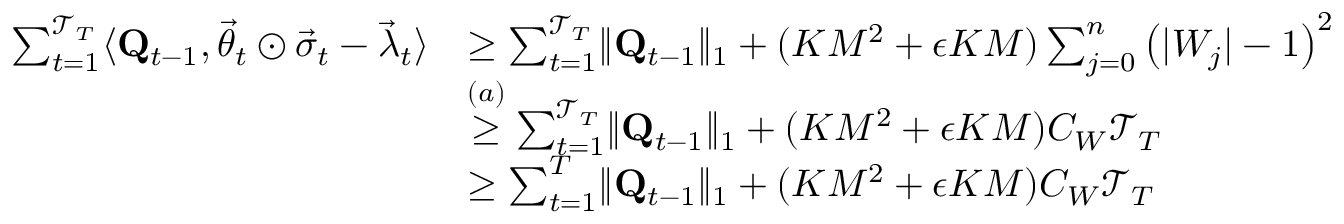
\begin{array} { r l } { \sum _ { t = 1 } ^ { \mathcal T _ { T } } \langle \mathbf Q _ { t - 1 } , \vec { \theta } _ { t } \odot \vec { \sigma } _ { t } - \vec { \lambda } _ { t } \rangle } & { \ge \sum _ { t = 1 } ^ { \mathcal T _ { T } } \lVert \mathbf Q _ { t - 1 } \rVert _ { 1 } + ( K M ^ { 2 } + \epsilon K M ) \sum _ { j = 0 } ^ { n } \left( \lvert W _ { j } \rvert - 1 \right) ^ { 2 } } \\ & { \stackrel { ( a ) } \ge \sum _ { t = 1 } ^ { \mathcal T _ { T } } \lVert \mathbf Q _ { t - 1 } \rVert _ { 1 } + ( K M ^ { 2 } + \epsilon K M ) C _ { W } \mathcal T _ { T } } \\ & { \ge \sum _ { t = 1 } ^ { T } \lVert \mathbf Q _ { t - 1 } \rVert _ { 1 } + ( K M ^ { 2 } + \epsilon K M ) C _ { W } \mathcal T _ { T } } \end{array}